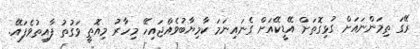
ރޭގަ ތިމަންނައަށް ގުޅިގޮތަށް އޭޑީކޭއަށް ގެނައިނަމަ ކާމިޔާބުވެއްޖައިހޭ މިހާރު މިއޮތީ ވަގުތު ފާއިތުވެފައޭ.